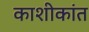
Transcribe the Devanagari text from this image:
काशीकांत